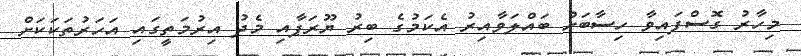
މިހާރު ގޮސްފައިވާ ހިސާބަށް ބައްލަވާއިރު އެކަމުގެ ބިރު ޔޫރަޕާއި މެދު އިރުމަތީގައި އަހަރުތަކަކަށް